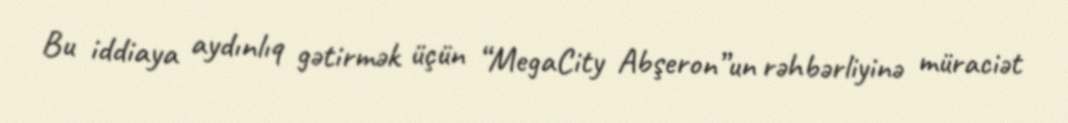
Bu iddiaya aydınlıq gətirmək üçün “MegaCity Abşeron”un rəhbərliyinə müraciət